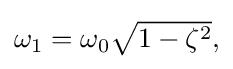
{\textstyle \omega _{1}=\omega _{0}{\sqrt {1-\zeta ^{2}}},}